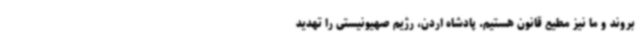
بروند و ما نیز مطیع قانون هستیم. پادشاه اردن، رژیم صهیونیستی را تهدید